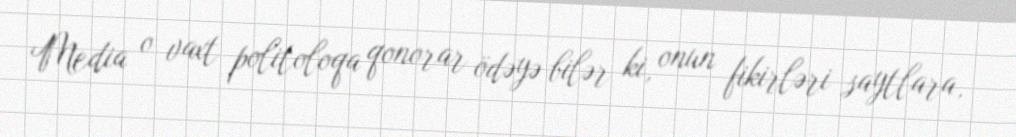
Media o vaxt politoloqa qonorar ödəyə bilər ki, onun fikirləri saytlara,